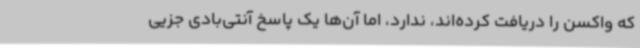
که واکسن را دریافت کرده‌اند، ندارد، اما آن‌ها یک پاسخ آنتی‌بادی جزیی